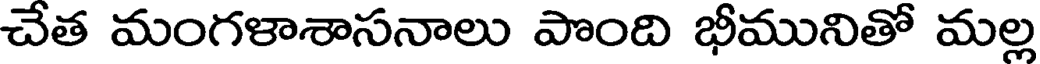
చేత మంగళాశాసనాలు పొంది భీమునితో మల్ల